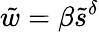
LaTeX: \tilde{w}=\beta\tilde{s}^{\delta}